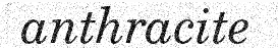
anthracite